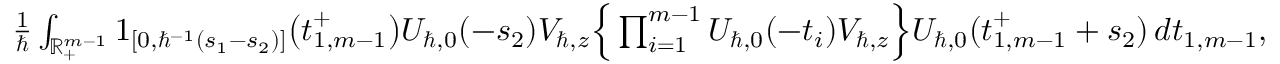
\begin{array} { r } { \frac { 1 } { \hbar } \int _ { \mathbb { R } _ { + } ^ { m - 1 } } \boldsymbol { 1 } _ { [ 0 , \hbar ^ { - 1 } ( s _ { 1 } - s _ { 2 } ) ] } \big ( \boldsymbol { t } _ { 1 , m - 1 } ^ { + } \big ) U _ { \hbar , 0 } ( - s _ { 2 } ) V _ { \hbar , z } \Big \{ \prod _ { i = 1 } ^ { m - 1 } U _ { \hbar , 0 } ( - t _ { i } ) V _ { \hbar , z } \Big \} U _ { \hbar , 0 } ( \boldsymbol { t } _ { 1 , m - 1 } ^ { + } + s _ { 2 } ) \, d \boldsymbol { t } _ { 1 , m - 1 } , } \end{array}